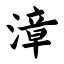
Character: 漳